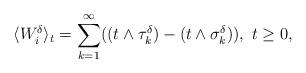
LaTeX: \begin{align*}\langle W^{\delta}_i \rangle_t = \sum_{k=1}^{\infty}((t \wedge \tau_k^\delta)-(t \wedge \sigma_k^\delta)),~t \geq 0,\end{align*}